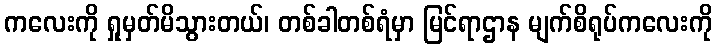
ကလေးကို ရှုမှတ်မိသွားတယ်၊ တစ်ခါတစ်ရံမှာ မြင်ရာဌာန မျက်စိရုပ်ကလေးကို